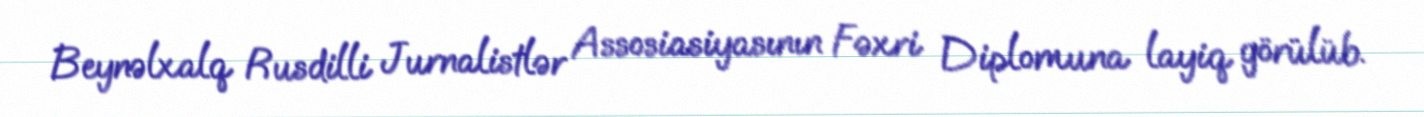
Beynəlxalq Rusdilli Jurnalistlər Assosiasiyasının Fəxri Diplomuna layiq görülüb.